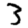
Digit: 3